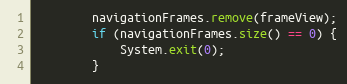
Language: Java
		navigationFrames.remove(frameView);
		if (navigationFrames.size() == 0) {
			System.exit(0);
		}